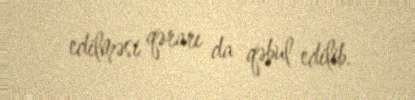
edilməsi qərarı da qəbul edilib.